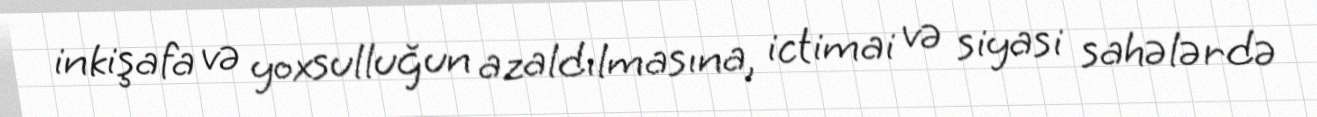
inkişafa və yoxsulluğun azaldılmasına, ictimai və siyasi sahələrdə